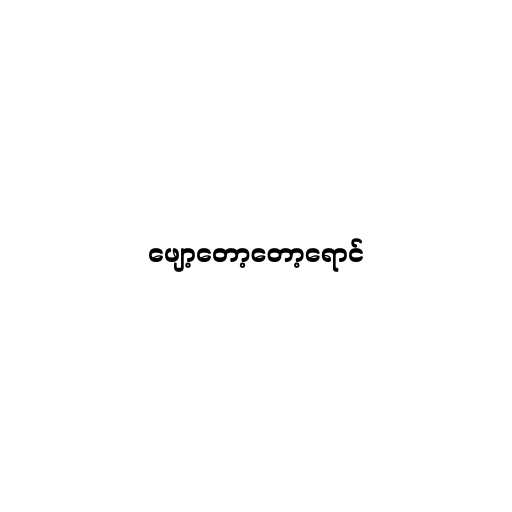
ဖျော့တော့တော့ရောင်